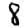
Digit: 8